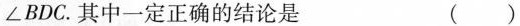
∠ B D C$$.其中一定正确的结论是 ()